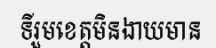
ទីរួមខេត្តមិនងាយមាន